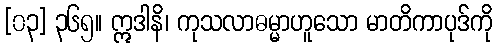
[၀၃] ၃၆၅။ ဣဒါနိ၊ ကုသလာဓမ္မာဟူသော မာတိကာပုဒ်ကို